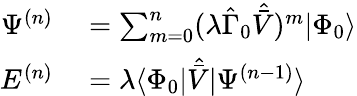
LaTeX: \begin{array}{rl}{\Psi^{(n)}}&{{}=\sum_{m=0}^{n}(\lambda\hat{\Gamma}_{0}\hat{\bar{V}})^{m}|\Phi_{0}\rangle}\\ {E^{(n)}}&{{}=\lambda\langle\Phi_{0}|\hat{\bar{V}}|\Psi^{(n-1)}\rangle}\end{array}